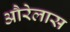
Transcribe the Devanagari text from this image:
औरेलास